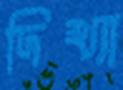
দিখ্যা